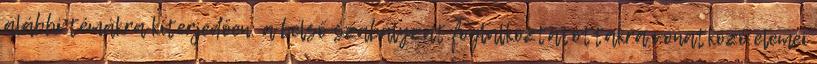
alábbi témákra kiterjedően: a belső szabályzat foglalkoztatottakra vonatkozó elemei